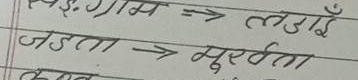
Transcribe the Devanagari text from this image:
ख.ई. ग्राम => लड़ाई
जड़ता => मूर्खता